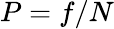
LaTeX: P=f/N